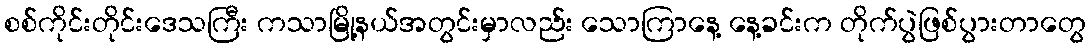
စစ်ကိုင်းတိုင်းဒေသကြီး ကသာမြို့နယ်အတွင်းမှာလည်း သောကြာနေ့ နေ့ခင်းက တိုက်ပွဲဖြစ်ပွားတာတွေ